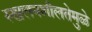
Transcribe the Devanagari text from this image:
स्खलनशीलतेमुळे